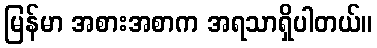
မြန်မာ အစားအစာက အရသာရှိပါတယ်။